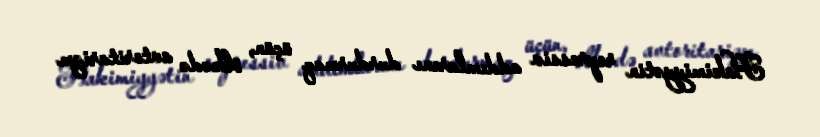
Hakimiyyətin repressiv addımlarını durdurmaq üçün, ölkədə avtoritarizm